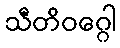
သီတိဝဂ္ဂေါ